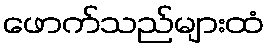
ဖောက်သည်များထံ